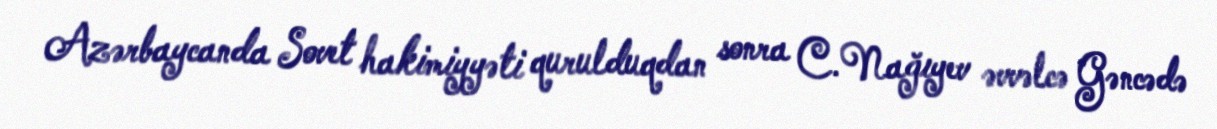
Azərbaycanda Sovet hakimiyyəti qurulduqdan sonra C.Nağıyev əvvəlcə Gəncədə